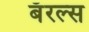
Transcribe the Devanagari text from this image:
बॅरल्स